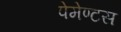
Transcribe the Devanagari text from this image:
पेमेण्टस